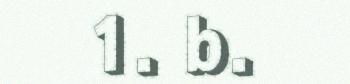
1. b.